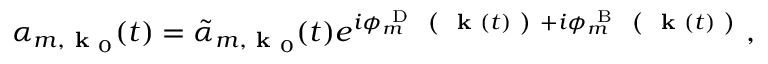
\begin{array} { r } { \alpha _ { m , \textbf { k } _ { 0 } } ( t ) = \tilde { \alpha } _ { m , \textbf { k } _ { 0 } } ( t ) e ^ { i \phi _ { m } ^ { \mathrm { ~ D ~ } } \textbf { ( } \textbf { k } ( t ) \textbf { ) } + i \phi _ { m } ^ { \mathrm { ~ B ~ } } \textbf { ( } \textbf { k } ( t ) \textbf { ) } } , } \end{array}